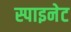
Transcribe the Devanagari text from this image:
स्पाइनेट